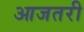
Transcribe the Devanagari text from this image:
आजतरी